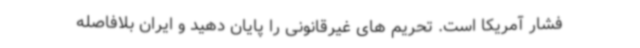
فشار آمریکا است. تحریم های غیرقانونی را پایان دهید و ایران بلافاصله